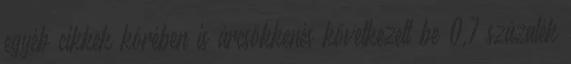
egyéb cikkek körében is árcsökkenés következett be 0,7 százalék